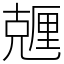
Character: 兣